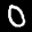
Label: 0